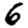
Digit: 6